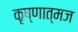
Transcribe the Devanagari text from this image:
कृष्णात्मज